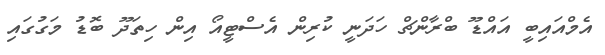
އެމްއައިބީ އައްޑޫ ބްރާންޗް ހަދަނީ ކުރިން އެސްޓީއޯ އިން ހިތަދޫ ބޮޑު މަގުގައި